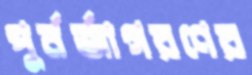
পুর্নর্জাগরণের